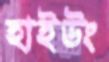
হাইউং